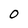
Character: 0